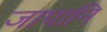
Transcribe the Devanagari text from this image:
जापानि